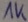
Text: 1K